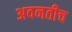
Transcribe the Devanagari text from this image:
अवनतीच